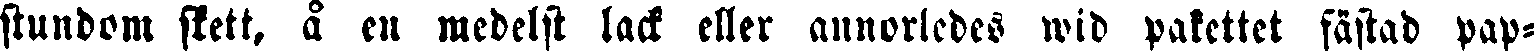
stundom skett, å en medelst lack eller annorledes wid pakettet fästad pap-